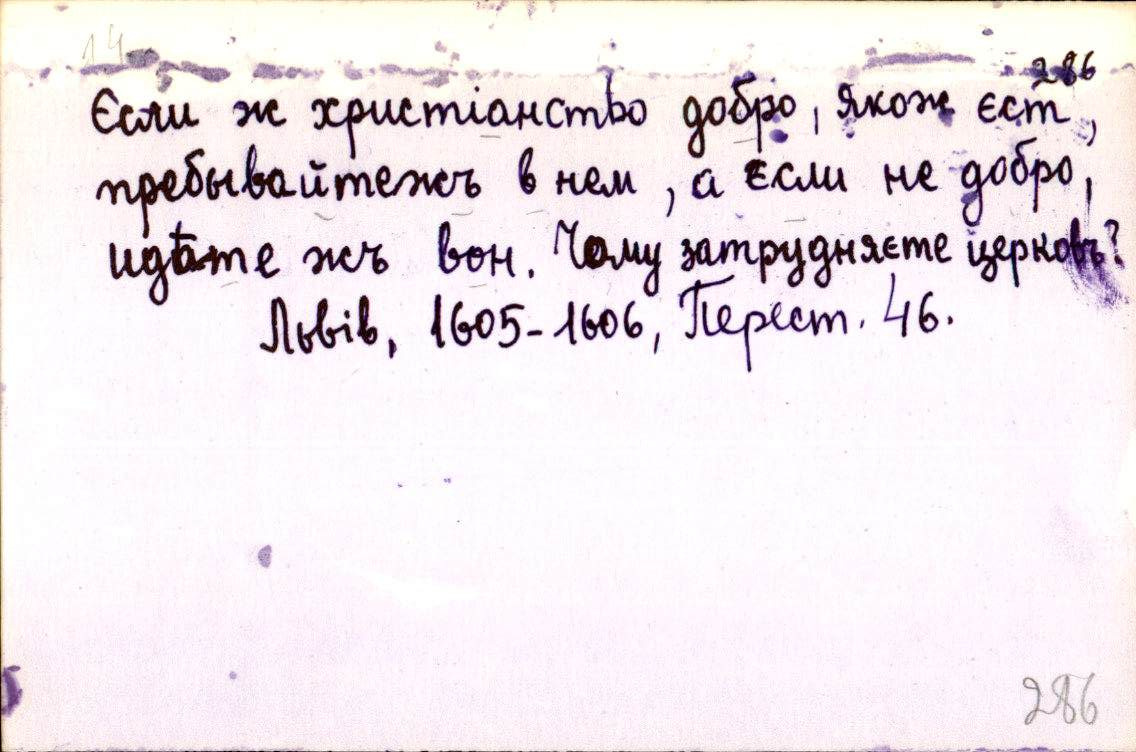
Єсли ж христіанство добро, якож єст,
пребывайтежъ в нем, а єсли не добро,
идѣте жъ вон. Чому затрудняєте церковъ?
Львів, 1605-1606, Перест. 46.